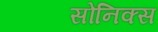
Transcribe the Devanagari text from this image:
सोनिक्स